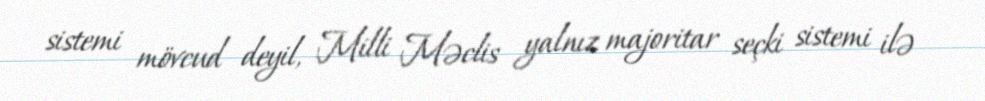
sistemi mövcud deyil, Milli Məclis yalnız majoritar seçki sistemi ilə